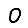
Digit: 0